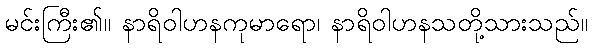
မင်းကြီး၏။ နာရိဝါဟနကုမာရော၊ နာရိဝါဟနသတို့သားသည်။